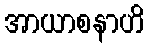
အာယာစနာဟိ